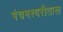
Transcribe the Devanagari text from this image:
पंचमस्वरीताल